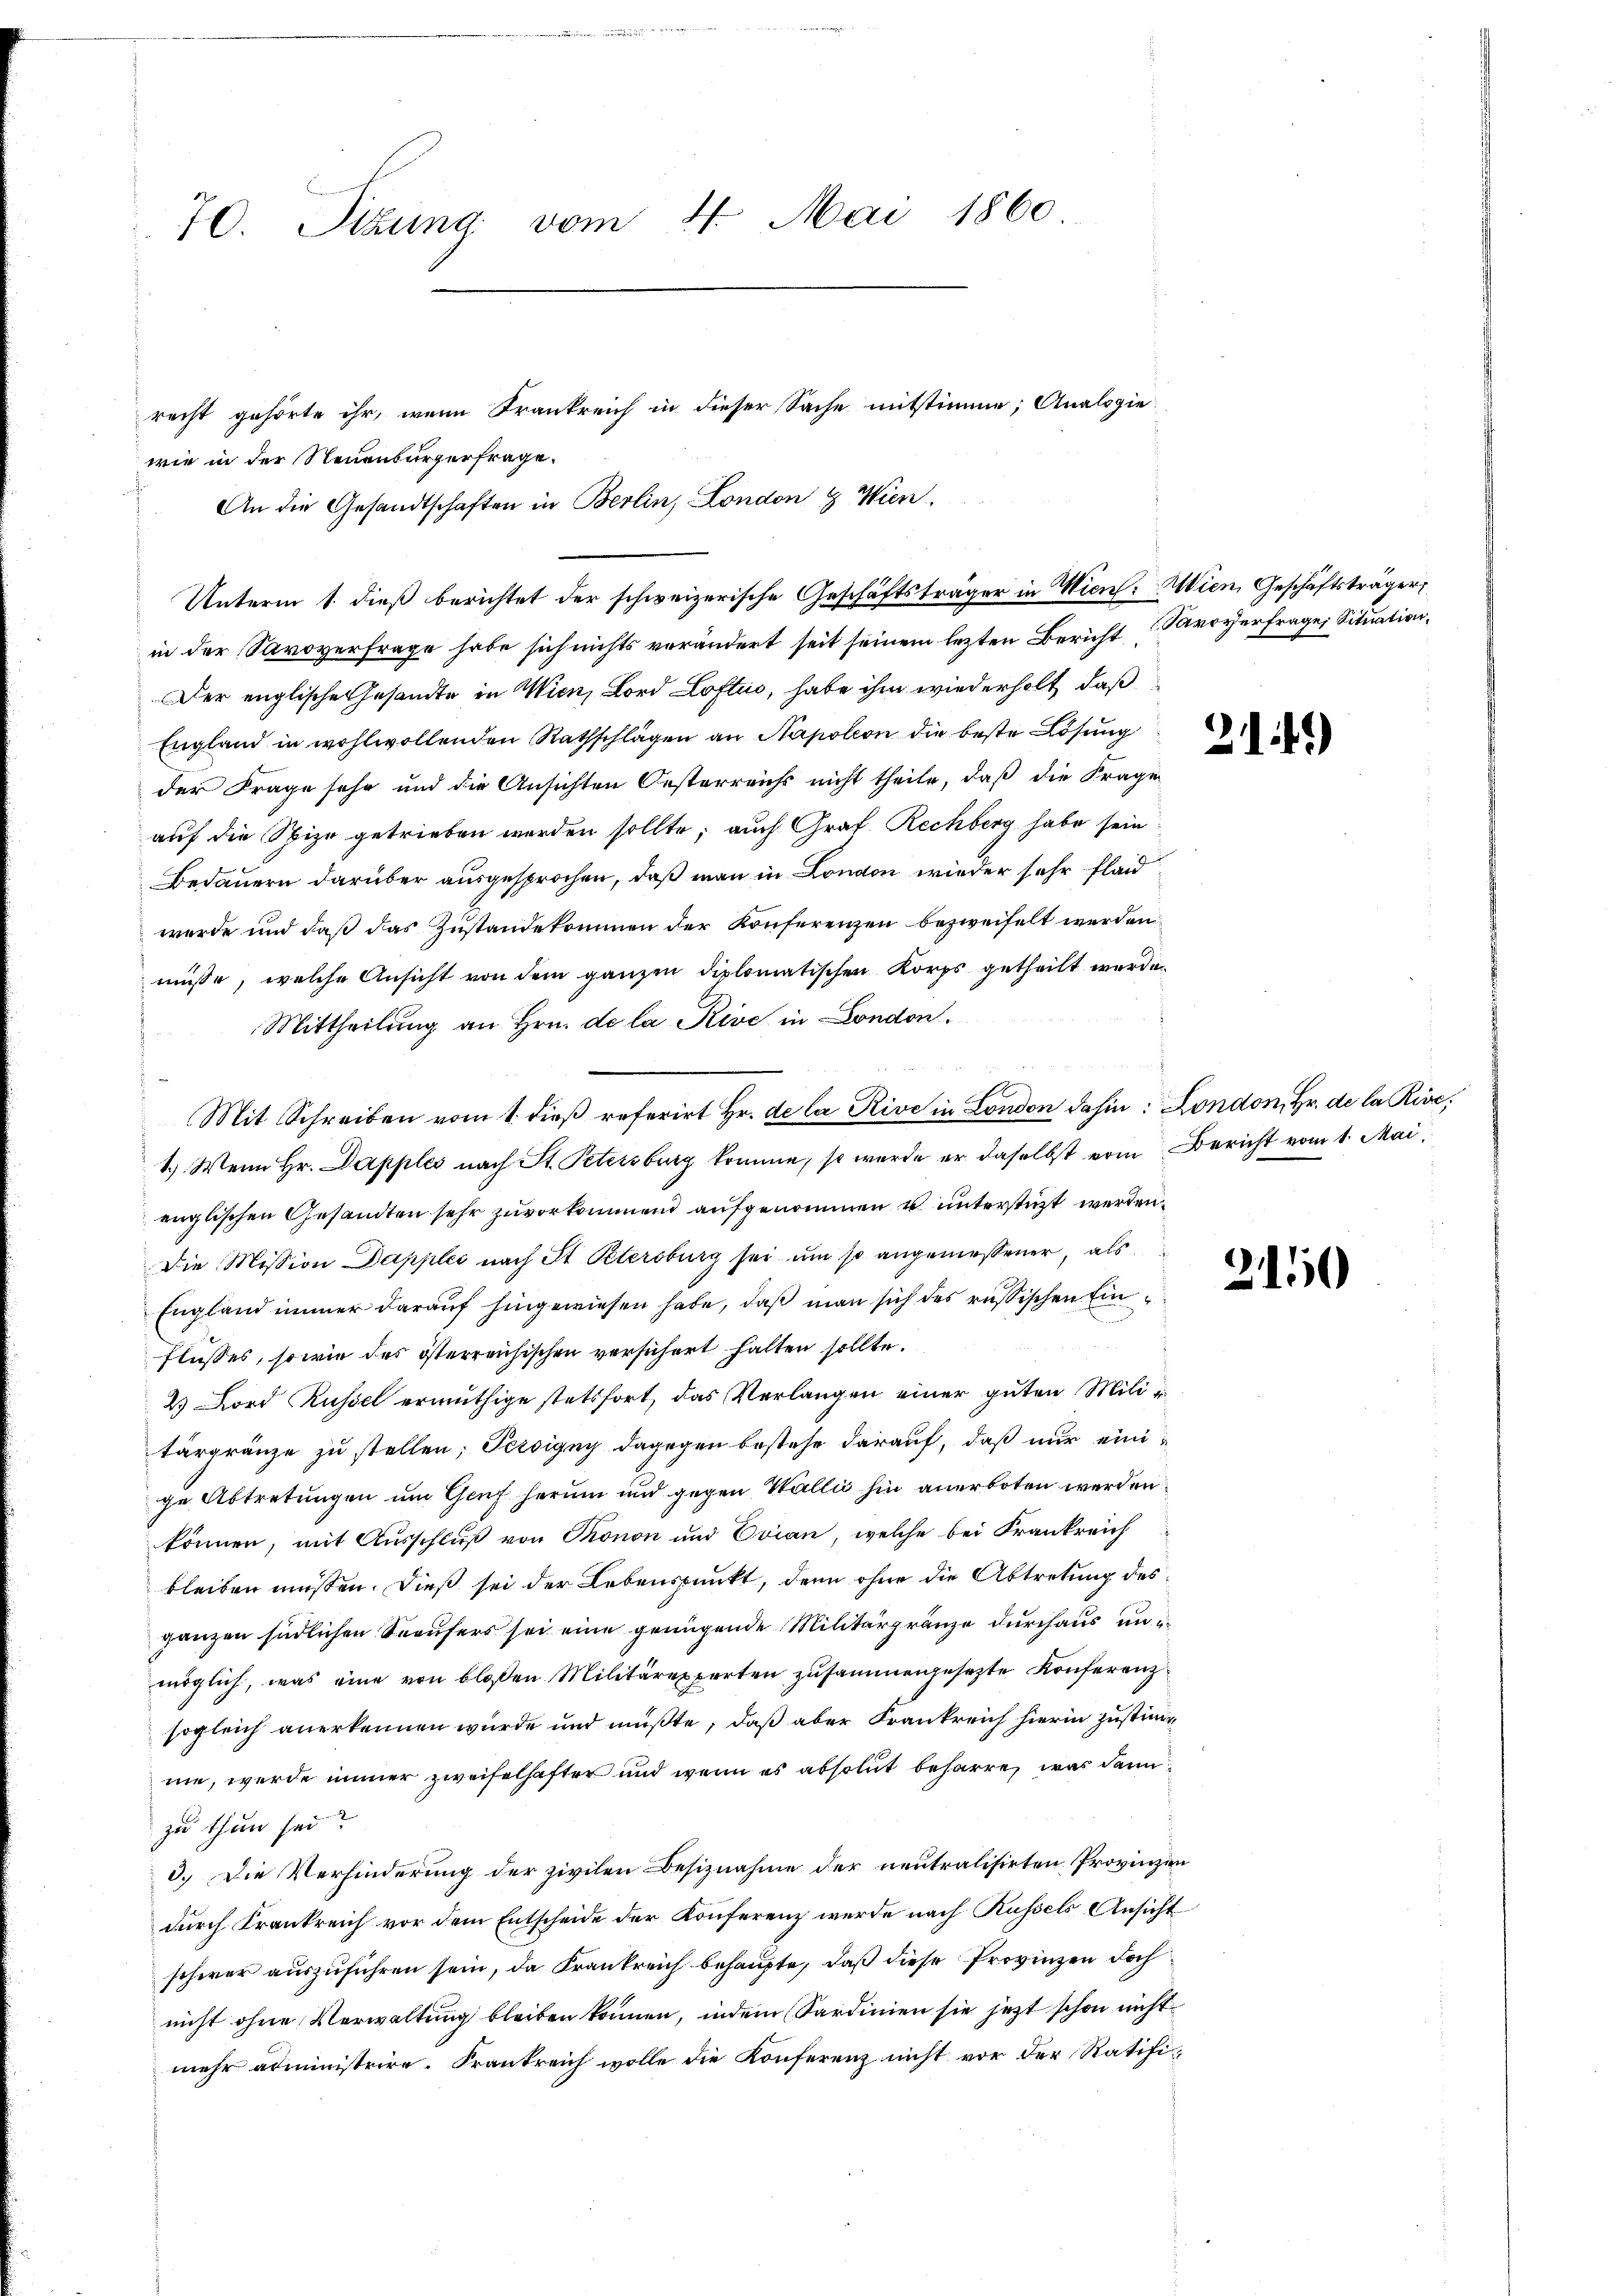
70. Sitzung vom 4. Mai 1860

wie in der Neuenburgerfrage.
An die Gesandtschaften in Berlin, London & Wien.
in der Savoverfrage habe sich nichts verändert seit seinem lezten Bericht Savoverfrage Situation¬
Der englische Gesandte in Wien, Lord Lofti, habe ihm wiederholt, daß
England in wohlwollenden Rathschlägen an Napoleon die beste Lösung
der Frage sehr und die Ansichten Oesterreichs nicht theile, daß die Frage
auf die Spize getrieben werden sollte; auch Graf Rechberg habe sein
Bedauern darüber ausgesprochen, daß man in London wieder sehr flaid
wurde und daß das Zustande kommen der Konferenzen bezweifelt werden
müsse, welche Ansicht von dem ganzen diplomatischen Korps getheilt werde.
Mittheilung an Hrn. de la Rive in London.
d
1.) Wenn Hr. Dapples nach St. Petersburg komme, so wurde er daselbst vom Bericht vom 1. Mai
englischen Gesandten sehr zuvorkommend aufgenommen u unterstüzt werden.
Die Mission Dapples nach St. Petersburg sei um so angemessener, als
England immer darauf hingewiesen habe, daß man sich des russischen Einflusses, so wie des österreichischen versichert hatten sollte.
2. Lord Küssel ermuthige stetsfort, das Verlangen einer guten Militärgränze zu stellen; Tessigny dagegen bestehe darauf, daß nur eini-
ge Abtretungen um Genf herum und gegen Wallis hin anerboten werden
können, mit Ausschluß von Thonon und Erian, welche bei Frankreich
bleiben müssen. Dieß sei der Lebenspunkt, denn ohne die Abtretung des
ganzen südlichen Seeufers sei eine genügende Militärgränze durchaus unmöglich, was eine von bloßen Militärexperten zusammengesezte Konferenzsogleich anerkennen wurde und müßte, daß aber Frankreich hierin zustimme, werde immer zweifelhafter und wenn es absolut beharre, was dann
zu thun sei?
3.) Die Verhinderung der zivilen Besiznahme der neutralisirten Provinzien
durch Krankreich vor dem Entscheide der Konferenz werde nach Küssels Ansicht
schwer auszuführen sein, da Frankreich behaupte, daß diese Provinzen doch
nicht ohne Verwaltung bleiben können, indem Sardinien sie jetzt schon nicht
mehr administrire. Frankreich wolle die Konferenz nicht vor der Ratifi-

recht gehörte ihr, wenn Frankreich in dieser Sache mitstimme; Analspie-
Unterm 1. dieß berichtet der schweizerische Geschäftsträger in Wien. Wien Geschäftsträger

Mit Schreiben vom 1. dieβ referirt Hr. de la Rive in London dahin: London, Hr. de la Rive,

21.)

210